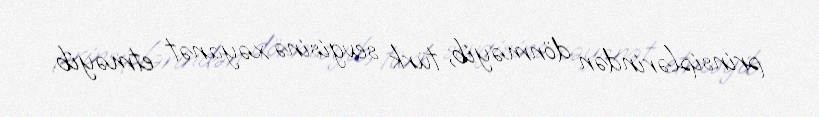
prinsiplərindən dönməyib, türk sevgisinə xəyanət etməyib.